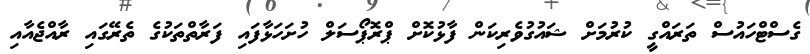
ގެސްޓްހައުސް ތަރައްގީ ކުރުމަށް ޝައުގުވެރިކަން ފާޅުކޮށް ޕްރޮޕޯސަލް ހުށަހަޅާފައި ފަރާތްތަކުގެ ތެރޭގައި ރާއްޖެއާއި